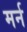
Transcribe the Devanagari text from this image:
मर्न